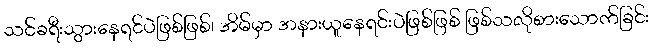
သင်ခရီးသွားနေရင်ပဲဖြစ်ဖြစ်၊ အိမ်မှာ အနားယူနေရင်းပဲဖြစ်ဖြစ် ဖြစ်သလိုစားသောက်ခြင်း